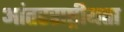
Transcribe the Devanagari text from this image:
आंतरराष्ट्रीयता